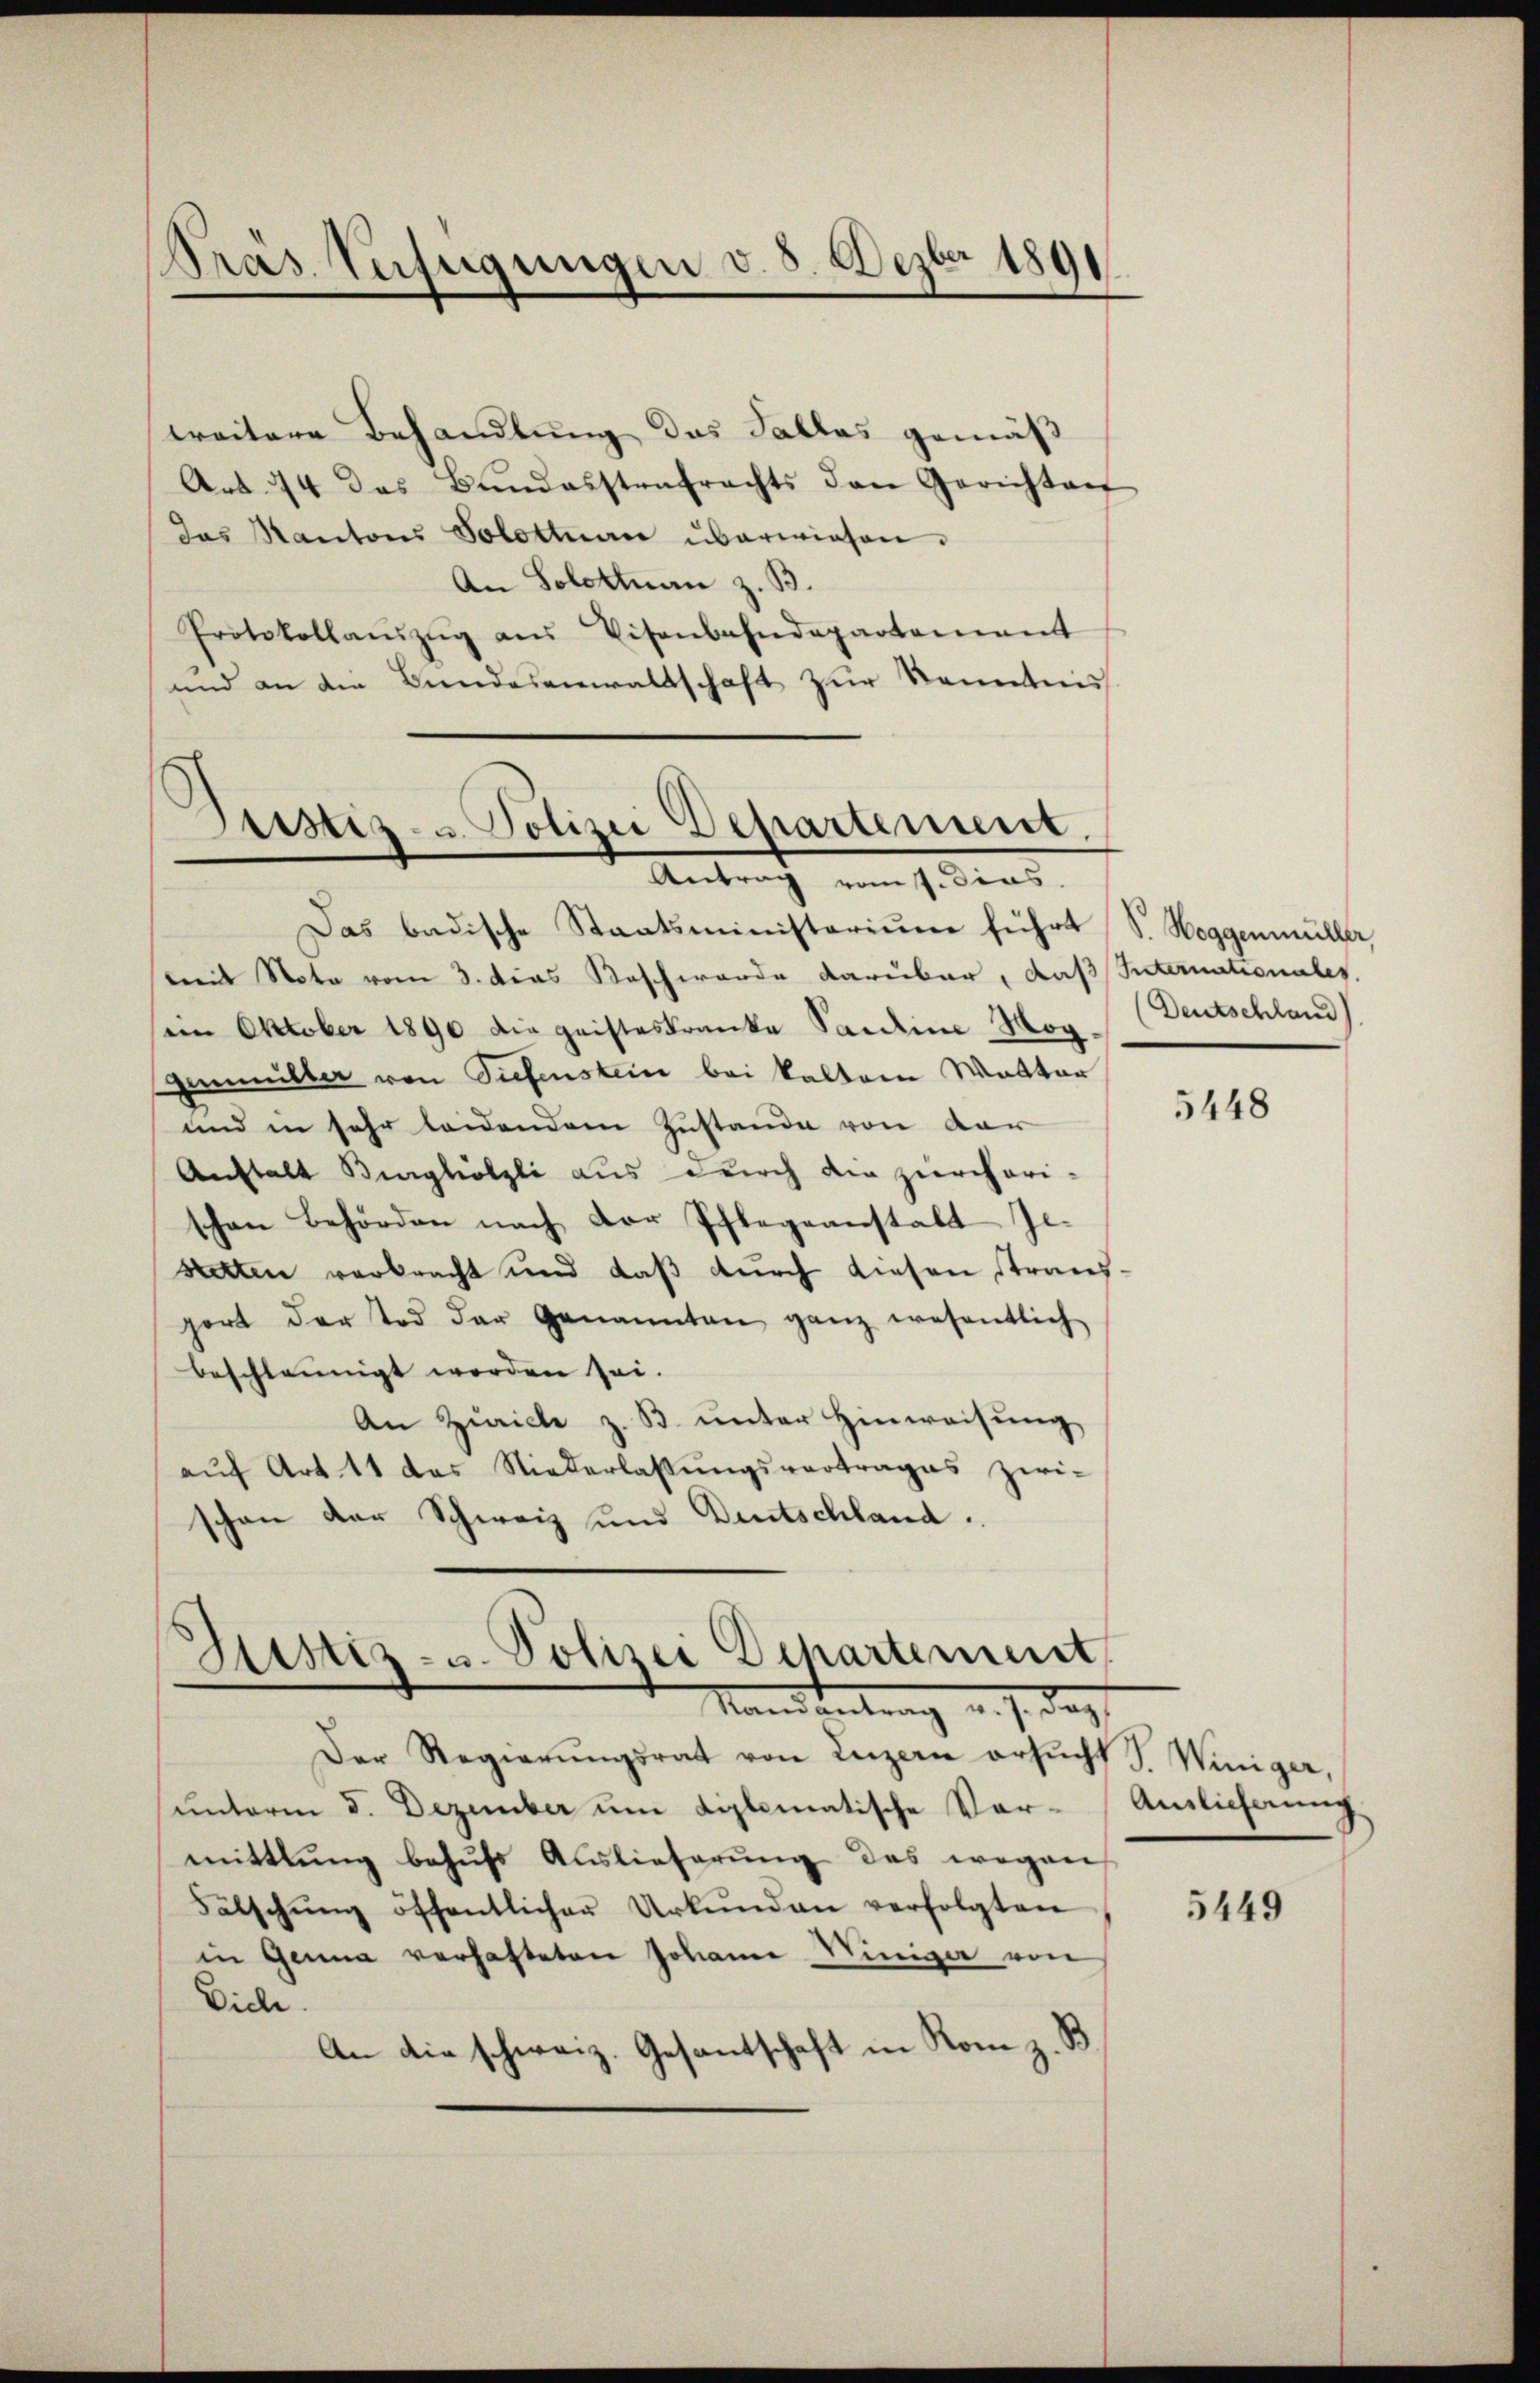
Pras Verfügungen v. 5. Dezbr 1891

weitere Behandlung das Falles gemäß
Art. 74 das Bŭndesstrafrechts den Gerichten
das Kantons Solottnau überwiesen.
An Solottan z. B.
Protokollaŭszŭg aŭs Visenbahndepartement
und an die Bundesanwaltschaft zur Kenntni

Justiz- u Polizei Departement.
Antrag vom 7. dies

Das badische Staatsministerium führt
mit Nota vom 3. Das Kaschwerde darüber, das Internationales.
ein Oktober 1890 die geisteskranke Sardine Möggamüller von Tiefenstein bei kalten Watter
und in sehr leidendem Zustande von der
Anstalt Burghölzli aus durch die zürcheri-
schen Behörden nach der Pflegeanstalt Jestetten verbracht und daß durch diesen Stransport der Tod der Genannten ganz wesentlich
beschleunigt worden sei.
An Zürich z. B. unter Hinweisung
aŭf Art. 11 das Niederlassŭngsvertrages zwi-
schon der Schweiz und Deutschland.
Justiz- u. Polizei Departement
Mandantrag u. s. das
Der Regierŭngsrat von Luzern ersŭcht J. Winiger,
unterm 5. Dezember um diplomatische Vormittlung behŭfs Auslieferŭng des wegen
Fälschŭng öffentlicher Urkŭnden verfolgten
in Genua verhafteten Johann Winiger von
Eiche.
An die schweiz. Gesandtschaft in Rom z. B

S. Hoggenmüller
Deutschland

5448

Auslieferung

5449